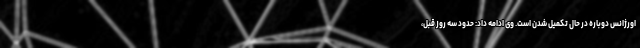
اورژانس دوباره در حال تکمیل شدن است. وی ادامه داد: حدود سه روز قبل،